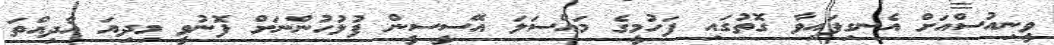
ވީނިއުސްއަށް އެނގިފައިވާ ގޮތުގައި ފަހުމީގެ މައްސަލަ އޭސީސީން ފުލުހުންނަށް ފޮނުވީ މިދިޔަ އާދިއްތަ